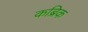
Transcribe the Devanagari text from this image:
कब्रिक